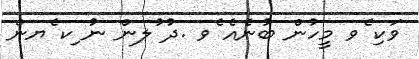
ވަކި ެވ މީހުން ބުނެއެ ެވ .ދު ުލން ނު ިކ ެޔން